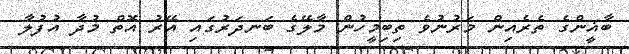
ބާޣީންގެ ތެރެއިން މަރުނުވެ ތިބިމީހުން މާލޭގެ ބަނދަރުގައި އޭރު އޮތް މުދާ އުފުލާ